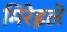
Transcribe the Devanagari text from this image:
मिरेइले